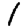
Digit: 1